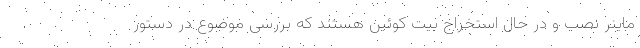
ماینر نصب و در حال استخراج بیت کوئین هستند که بررسی موضوع در دستور